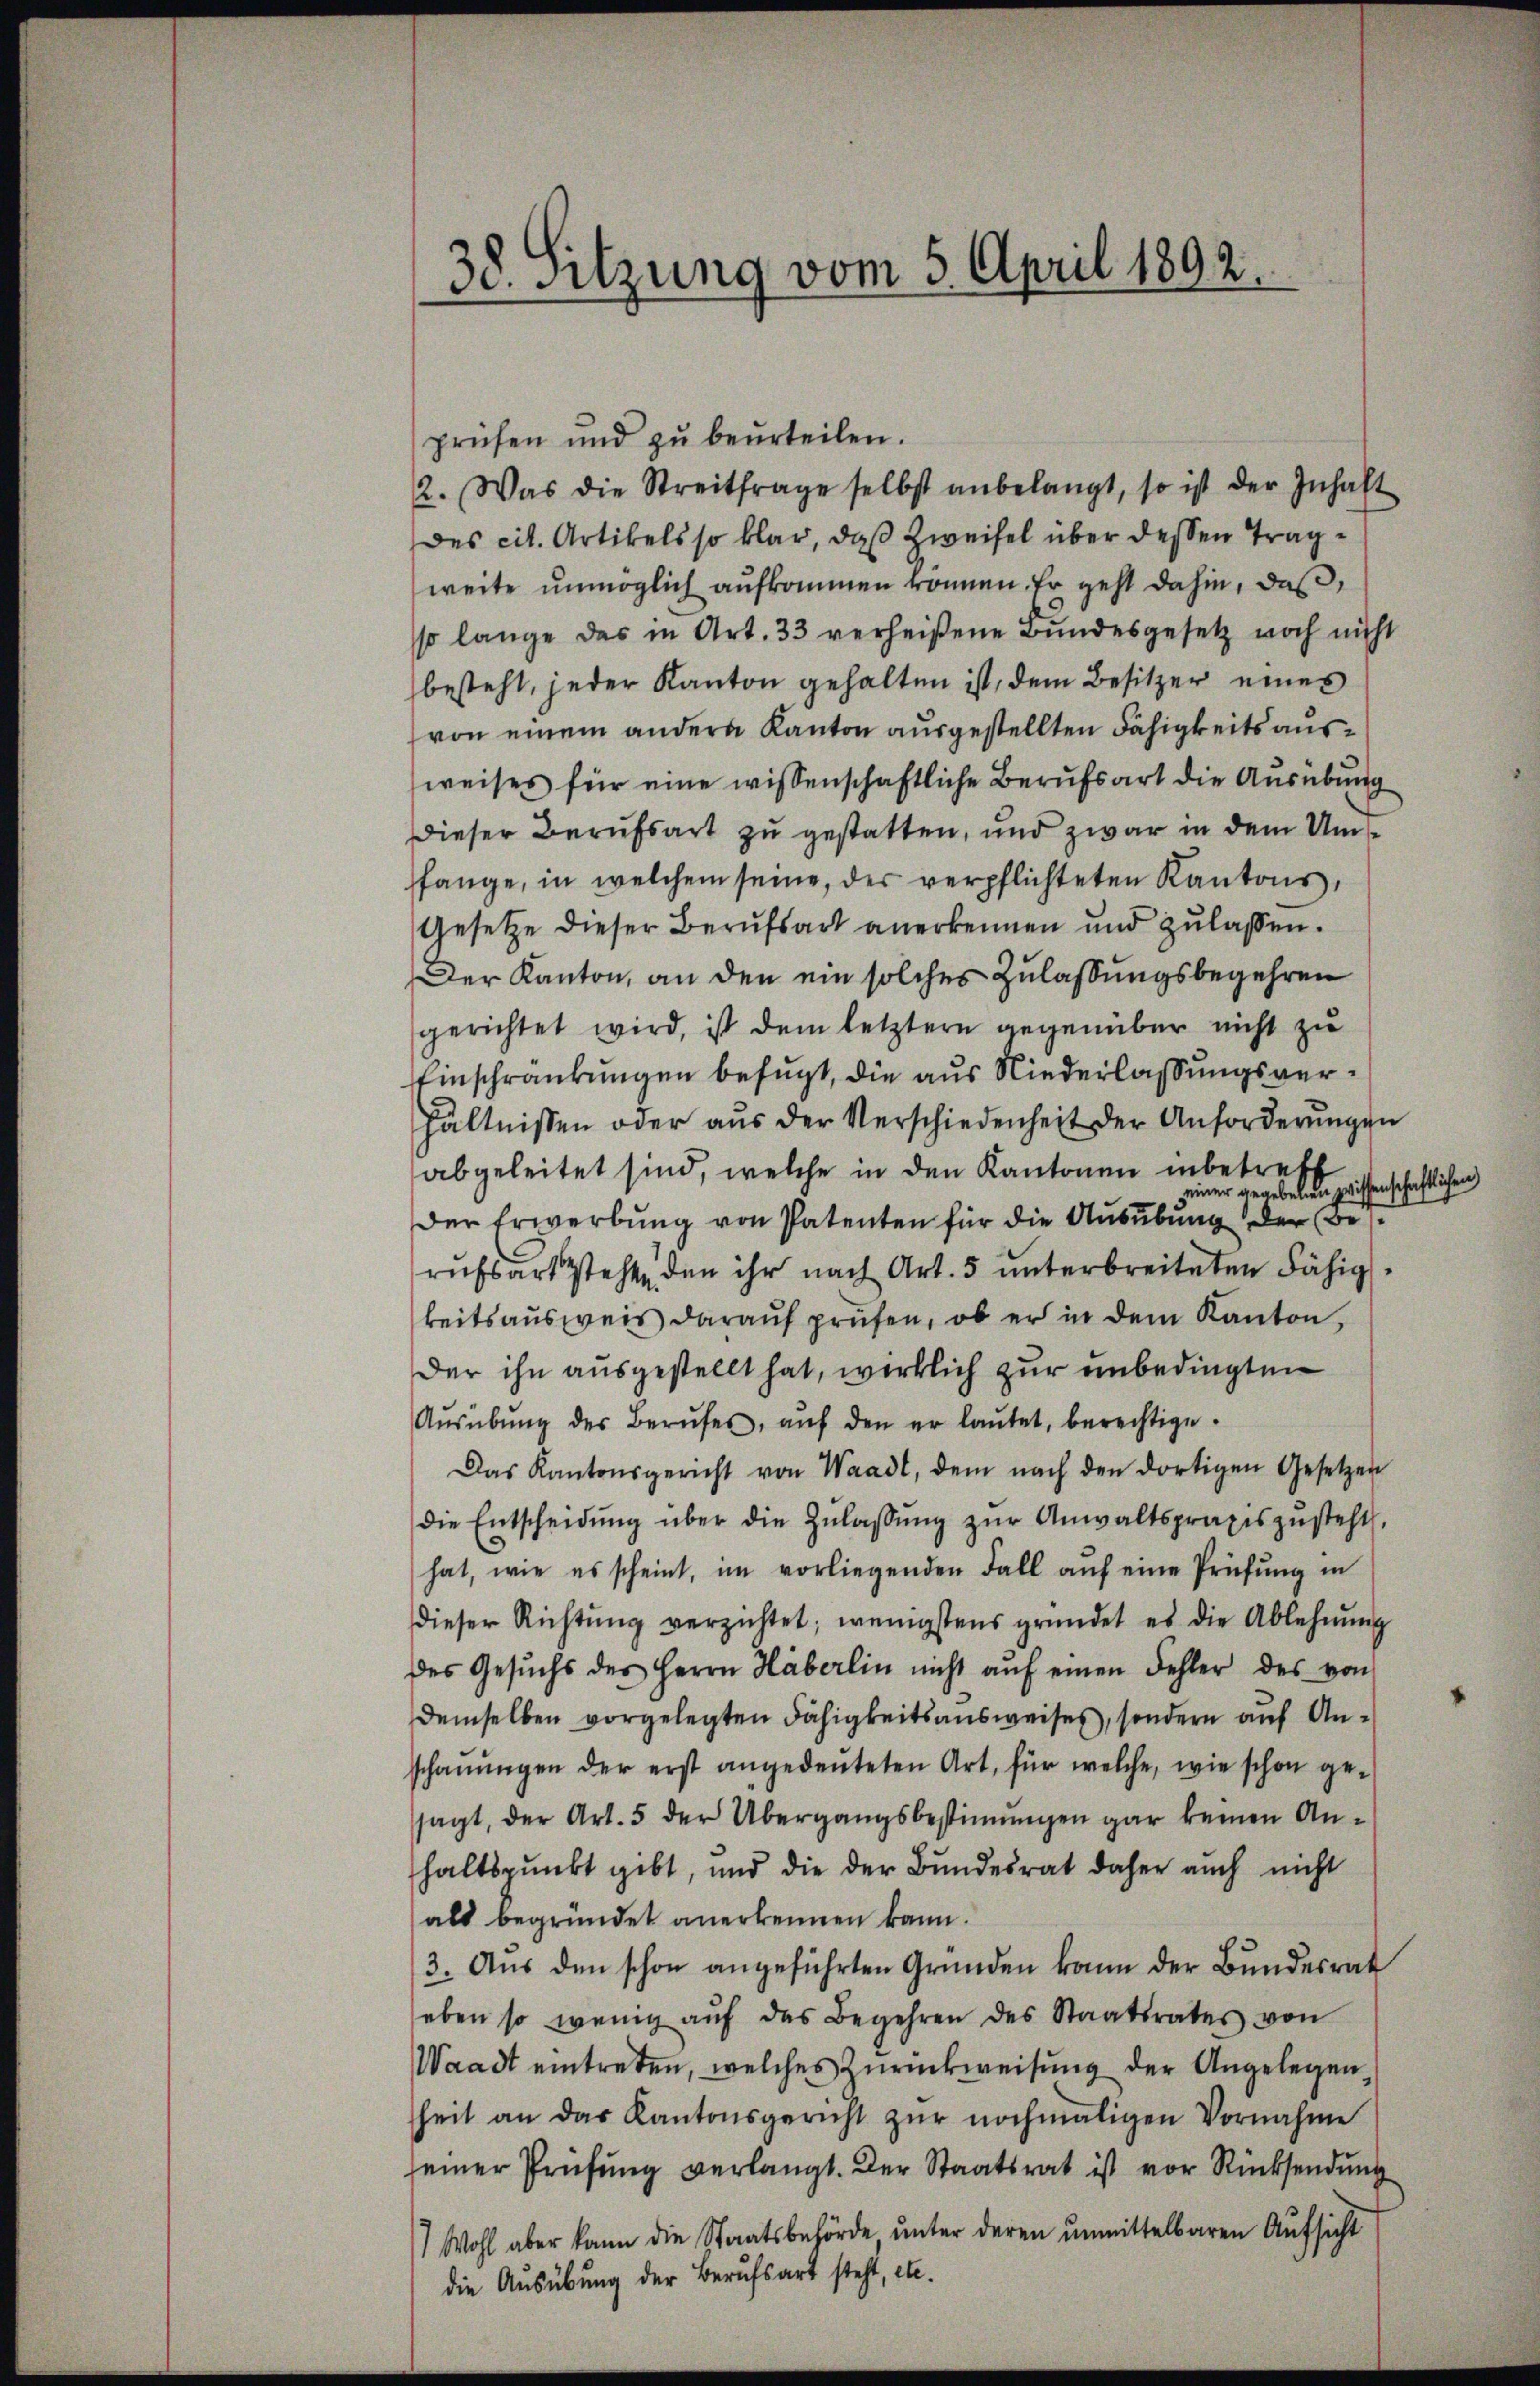
38. Sitzung vom 5. April 1892.

prüfen und zŭ beŭrteilen.
2. Was die Streitfrage selbst anbelangt, so ist der Inhalt
Des cit. Artikels so klar, daß Zweifel über dessen Tragweite unmöglich aufkommen können. Er geht dahin, daß,
so lange das in Art. 33 verheißene Bŭndesgesetz noch nicht
besteht, jeder Kanton gehalten ist, dem Besitzer eines
von einem andern Kanton ausgestellten Fähigkeits ausweises für eine wissenschaftliche Berufsart die Ausübung
Dieser Berufsart zu gestatten, und zwar in dem Umfange, in welchem seine, der verpflichteten Kantons,
Gesetze dieser Berufsart anerkennen und zulassen.
Der Kanton, an den ein solches Zulassungsbegehren
gerichtet wird, ist dem letztere gegenüber nicht zu
EEinschränkungen befugt, die aus Niederlassungsverhältnissen oder aŭs der Verschiedenheit der Anforderŭngen
t
abgeleitet sind, welche in den Kantonen inbetref
seiner gegebelien wissenschaftlichen
Der Erwerbung von Patenten für die Ausübung der Bes
rufsart steht den ihr nach Art. 5 unterbreiteten Fähigkeitsausweis darauf prüfen, ob er in dem Kanton,
Der ihn ausgestellt hat, wirklich zur unbedingten
Aŭsübŭng der Berŭfes, aŭf den er laŭtet, berechtige.
Das Kantonsgericht von Waadt, dem nach den dortigen Gesetzen
die Entscheidŭng über die Zŭlassŭng zŭr Anwaltspraxiszŭsteht.
hat, wie es scheint, im vorliegenden Fall aŭf eine Prüfŭng in
dieser Richtŭng verzichtet; wenigstens gründet es die Ablehnŭng
des Gesŭchs des Herrn Häberlin nicht aŭf einen Fehler des von
demselben vorgelegten Fähigkeitsausweises, sondern auf Anschaŭŭngen der erst angedeuteten Art, für welche, wie schon ge-
sagt, der Art. 5 der Übergangsbestimungen gar keinen Anhaltspunkt gibt, und die der Bundesrat daher auch nicht
als begründet anerkennen kann.
3. Aus den schon angeführten Gründen kann der Bundesrat
eben so wenig aŭf das Begehren des Staatsrates von
Waadt eintreten, welches Zurückweisung der Angelegen,
heit an das Kantonsgericht zŭr nochmaligen Vornahme
seiner Prüfŭng verlangt. Der Staatsrat ist vor Rücksendŭng
) Wohl aber kann die Staatsbehörde unter deren unmittelbaren Aufsicht
die Ausübung der Berufsart steht, etc.